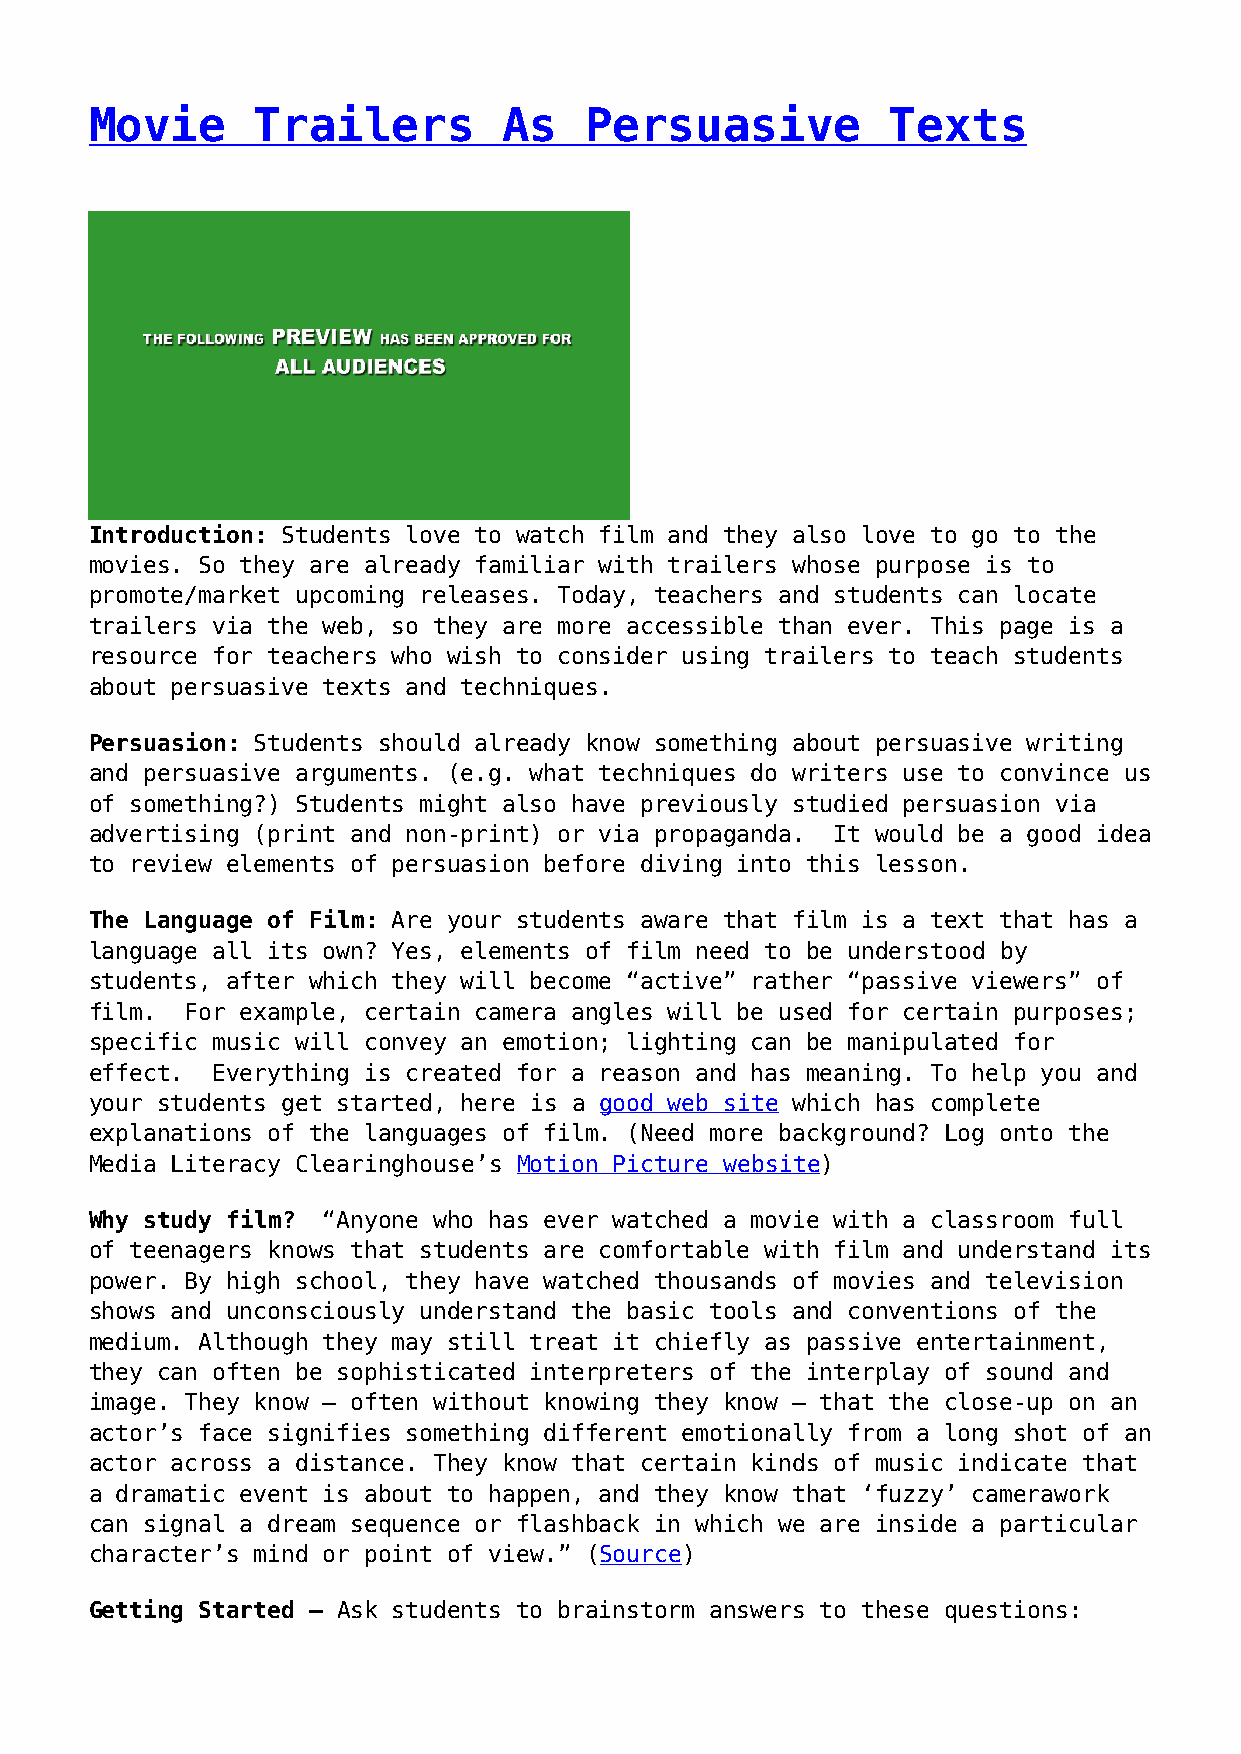
Movie      Trailers        As    Persuasive          Texts
 Introduction: Students love to watch film and they also love to go to the
 movies. So they are already familiar with trailers whose purpose is to
 promote/market upcoming releases. Today, teachers and students can locate
 trailers via the web, so they are more accessible than ever. This page is a
 resource for teachers who wish to consider using trailers to teach students
 about persuasive texts and techniques.
 Persuasion: Students should already know something about persuasive writing
 and persuasive arguments. (e.g. what techniques do writers use to convince us
 of something?) Students might also have previously studied persuasion via
 advertising (print and non-print) or via propaganda. It would be a good idea
 to review elements of persuasion before diving into this lesson.
 The Language of Film: Are your students aware that film is a text that has a
 language all its own? Yes, elements of film need to be understood by
 students, after which they will become “active” rather “passive viewers” of
 film. For example, certain camera angles will be used for certain purposes;
 specific music will convey an emotion; lighting can be manipulated for
 effect. Everything is created for a reason and has meaning. To help you and
 your students get started, here is a good web site which has complete
 explanations of the languages of film. (Need more background? Log onto the
 Media Literacy Clearinghouse’s Motion Picture website)
 Why study film? “Anyone who has ever watched a movie with a classroom full
 of teenagers knows that students are comfortable with film and understand its
 power. By high school, they have watched thousands of movies and television
 shows and unconsciously understand the basic tools and conventions of the
 medium. Although they may still treat it chiefly as passive entertainment,
 they can often be sophisticated interpreters of the interplay of sound and
 image. They know — often without knowing they know — that the close-up on an
 actor’s face signifies something different emotionally from a long shot of an
 actor across a distance. They know that certain kinds of music indicate that
 a dramatic event is about to happen, and they know that ‘fuzzy’ camerawork
 can signal a dream sequence or flashback in which we are inside a particular
 character’s mind or point of view.” (Source)
 Getting Started – Ask students to brainstorm answers to these questions: